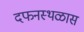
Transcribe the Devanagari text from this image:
दफनस्थळास